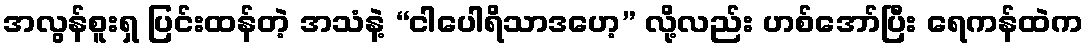
အလွန်စူးရှ ပြင်းထန်တဲ့ အသံနဲ့ “ငါပေါရိသာဒဟေ့” လို့လည်း ဟစ်အော်ပြီး ရေကန်ထဲက